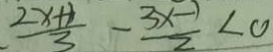
\frac { 2 x + 1 } { 3 } - \frac { 3 x - 1 } { 2 } < 0